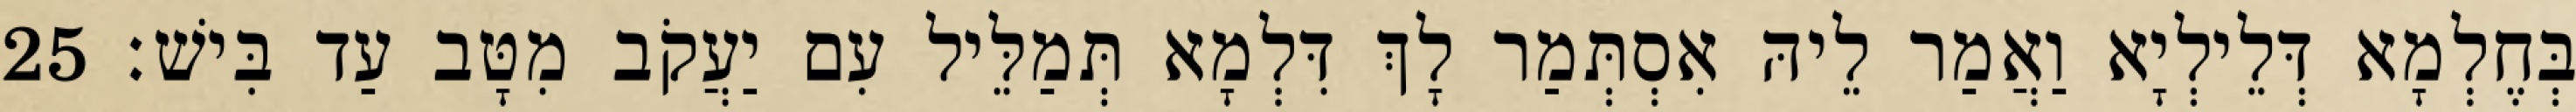
בְּחֶלְמָא דְּלֵילְיָא וַאֲמַר לֵיהּ אִסְתְּמַר לָךְ דִּלְמָא תְּמַלֵּיל עִם יַעֲקֹב מִטָּב עַד בִּישׁ׃ 25